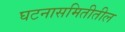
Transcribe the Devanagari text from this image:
घटनासमितीतील